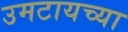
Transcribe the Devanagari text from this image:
उमटायच्या